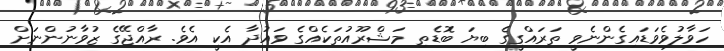
ހަވާލުވެވަޑައިގެންނެވީ ތަރައްގީގެ ބިޔަ ބޮޑެތި މަޝްރޫއުތަކެއްގެ ވައުދާ އެކީ އެވެ. ރާއްޖޭގެ ޒުވާނުންނަށް